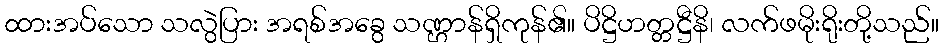
ထားအပ်သော သလွဲပြား အရစ်အခွေ သဏ္ဌာန်ရှိကုန်၏။ ပိဋ္ဌိဟတ္တဋ္ဌီနိ၊ လက်ဖမိုးရိုးတို့သည်။